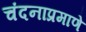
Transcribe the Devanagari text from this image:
चंदनाप्रमाणे